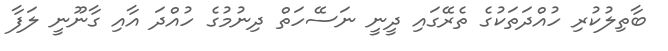
ބާތިލުކުރި ހުއްދަތަކުގެ ތެރޭގައި ދީނީ ނަސޭހަތް ދިނުމުގެ ހުއްދަ އާއި ގާނޫނީ ލަފާ